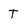
Character: T